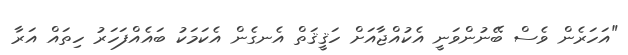
"އަހަރެން ވެސް ބޭނުންވަނީ އެކުއްޖާއަށް ހަޤީޤަތް އެނގެން އެކަމަކު ބައެއްފަހަރު ހިތައް އަރާ